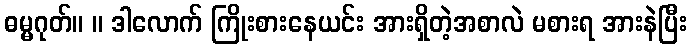
ဓမ္မဂုတ်။ ။ ဒါလောက် ကြိုးစားနေယင်း အားရှိတဲ့အစာလဲ မစားရ အားနဲပြီး